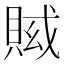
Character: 𧶍